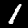
Label: 1